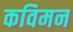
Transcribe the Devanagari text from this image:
कविमन